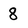
Character: 8